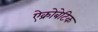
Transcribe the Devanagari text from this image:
ऐक्रोबेटिक